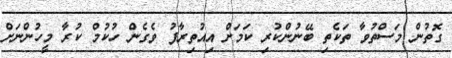
ގޮތުން މަސްތުވާ ތަކެތި ބޭނުންކުރި ކަމަށް އިއުތިރާފު ވެގެން ހުކުމް ކުރާ މީހުންނަށް